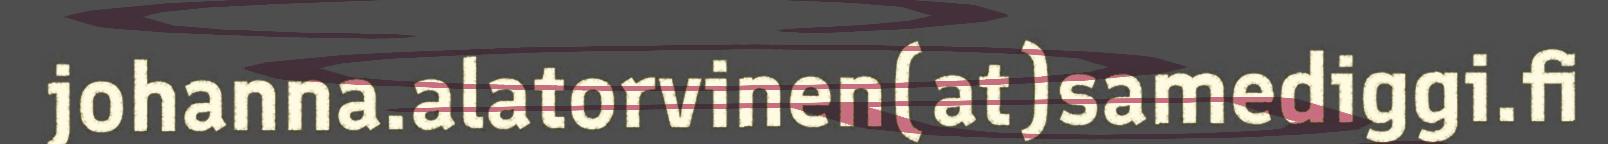
johanna.alatorvinen(at)samediggi.fi